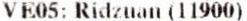
VE05: RIDZUAN (11900)